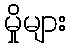
မှိုများ